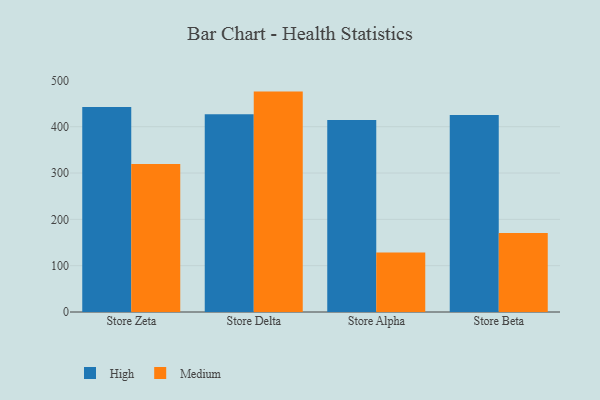
{"axis": {"x": "Store", "y": "Revenue (USD Million)"}, "legend": ["High", "Medium"], "data": [{"x": "Store Zeta", "y": 442.6, "type": "High"}, {"x": "Store Zeta", "y": 319.7, "type": "Medium"}, {"x": "Store Delta", "y": 426.8, "type": "High"}, {"x": "Store Delta", "y": 475.8, "type": "Medium"}, {"x": "Store Alpha", "y": 414.7, "type": "High"}, {"x": "Store Alpha", "y": 128.2, "type": "Medium"}, {"x": "Store Beta", "y": 425.3, "type": "High"}, {"x": "Store Beta", "y": 170.5, "type": "Medium"}]}